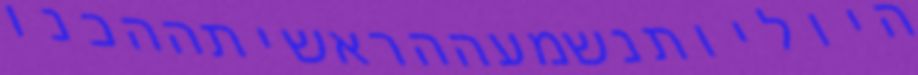
היוליותנשמעההראשיתההכנו